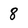
Character: 8